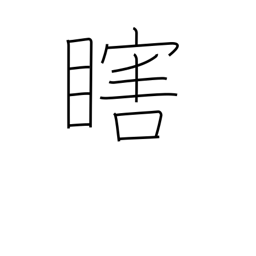
Meaning: one eye